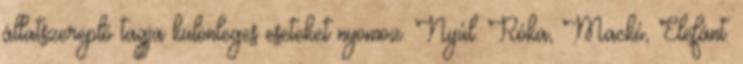
állatszereplő tagja különleges eseteket nyomoz. Nyúl. Róka, Mackó, Elefánt.